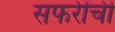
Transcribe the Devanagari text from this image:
सफरींची